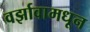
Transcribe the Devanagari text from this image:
वर्झावामधून